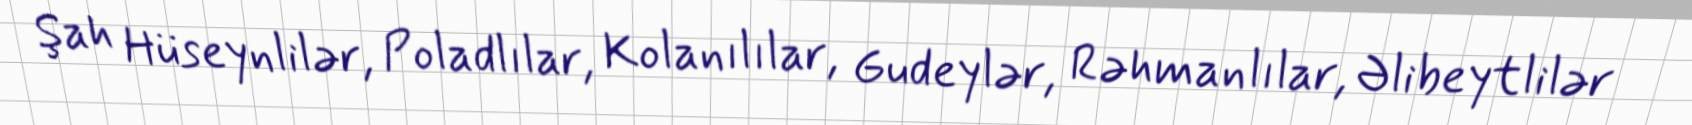
Şah Hüseynlilər, Poladlılar, Kolanılılar, Gudeylər, Rəhmanlılar, Əlibeytlilər